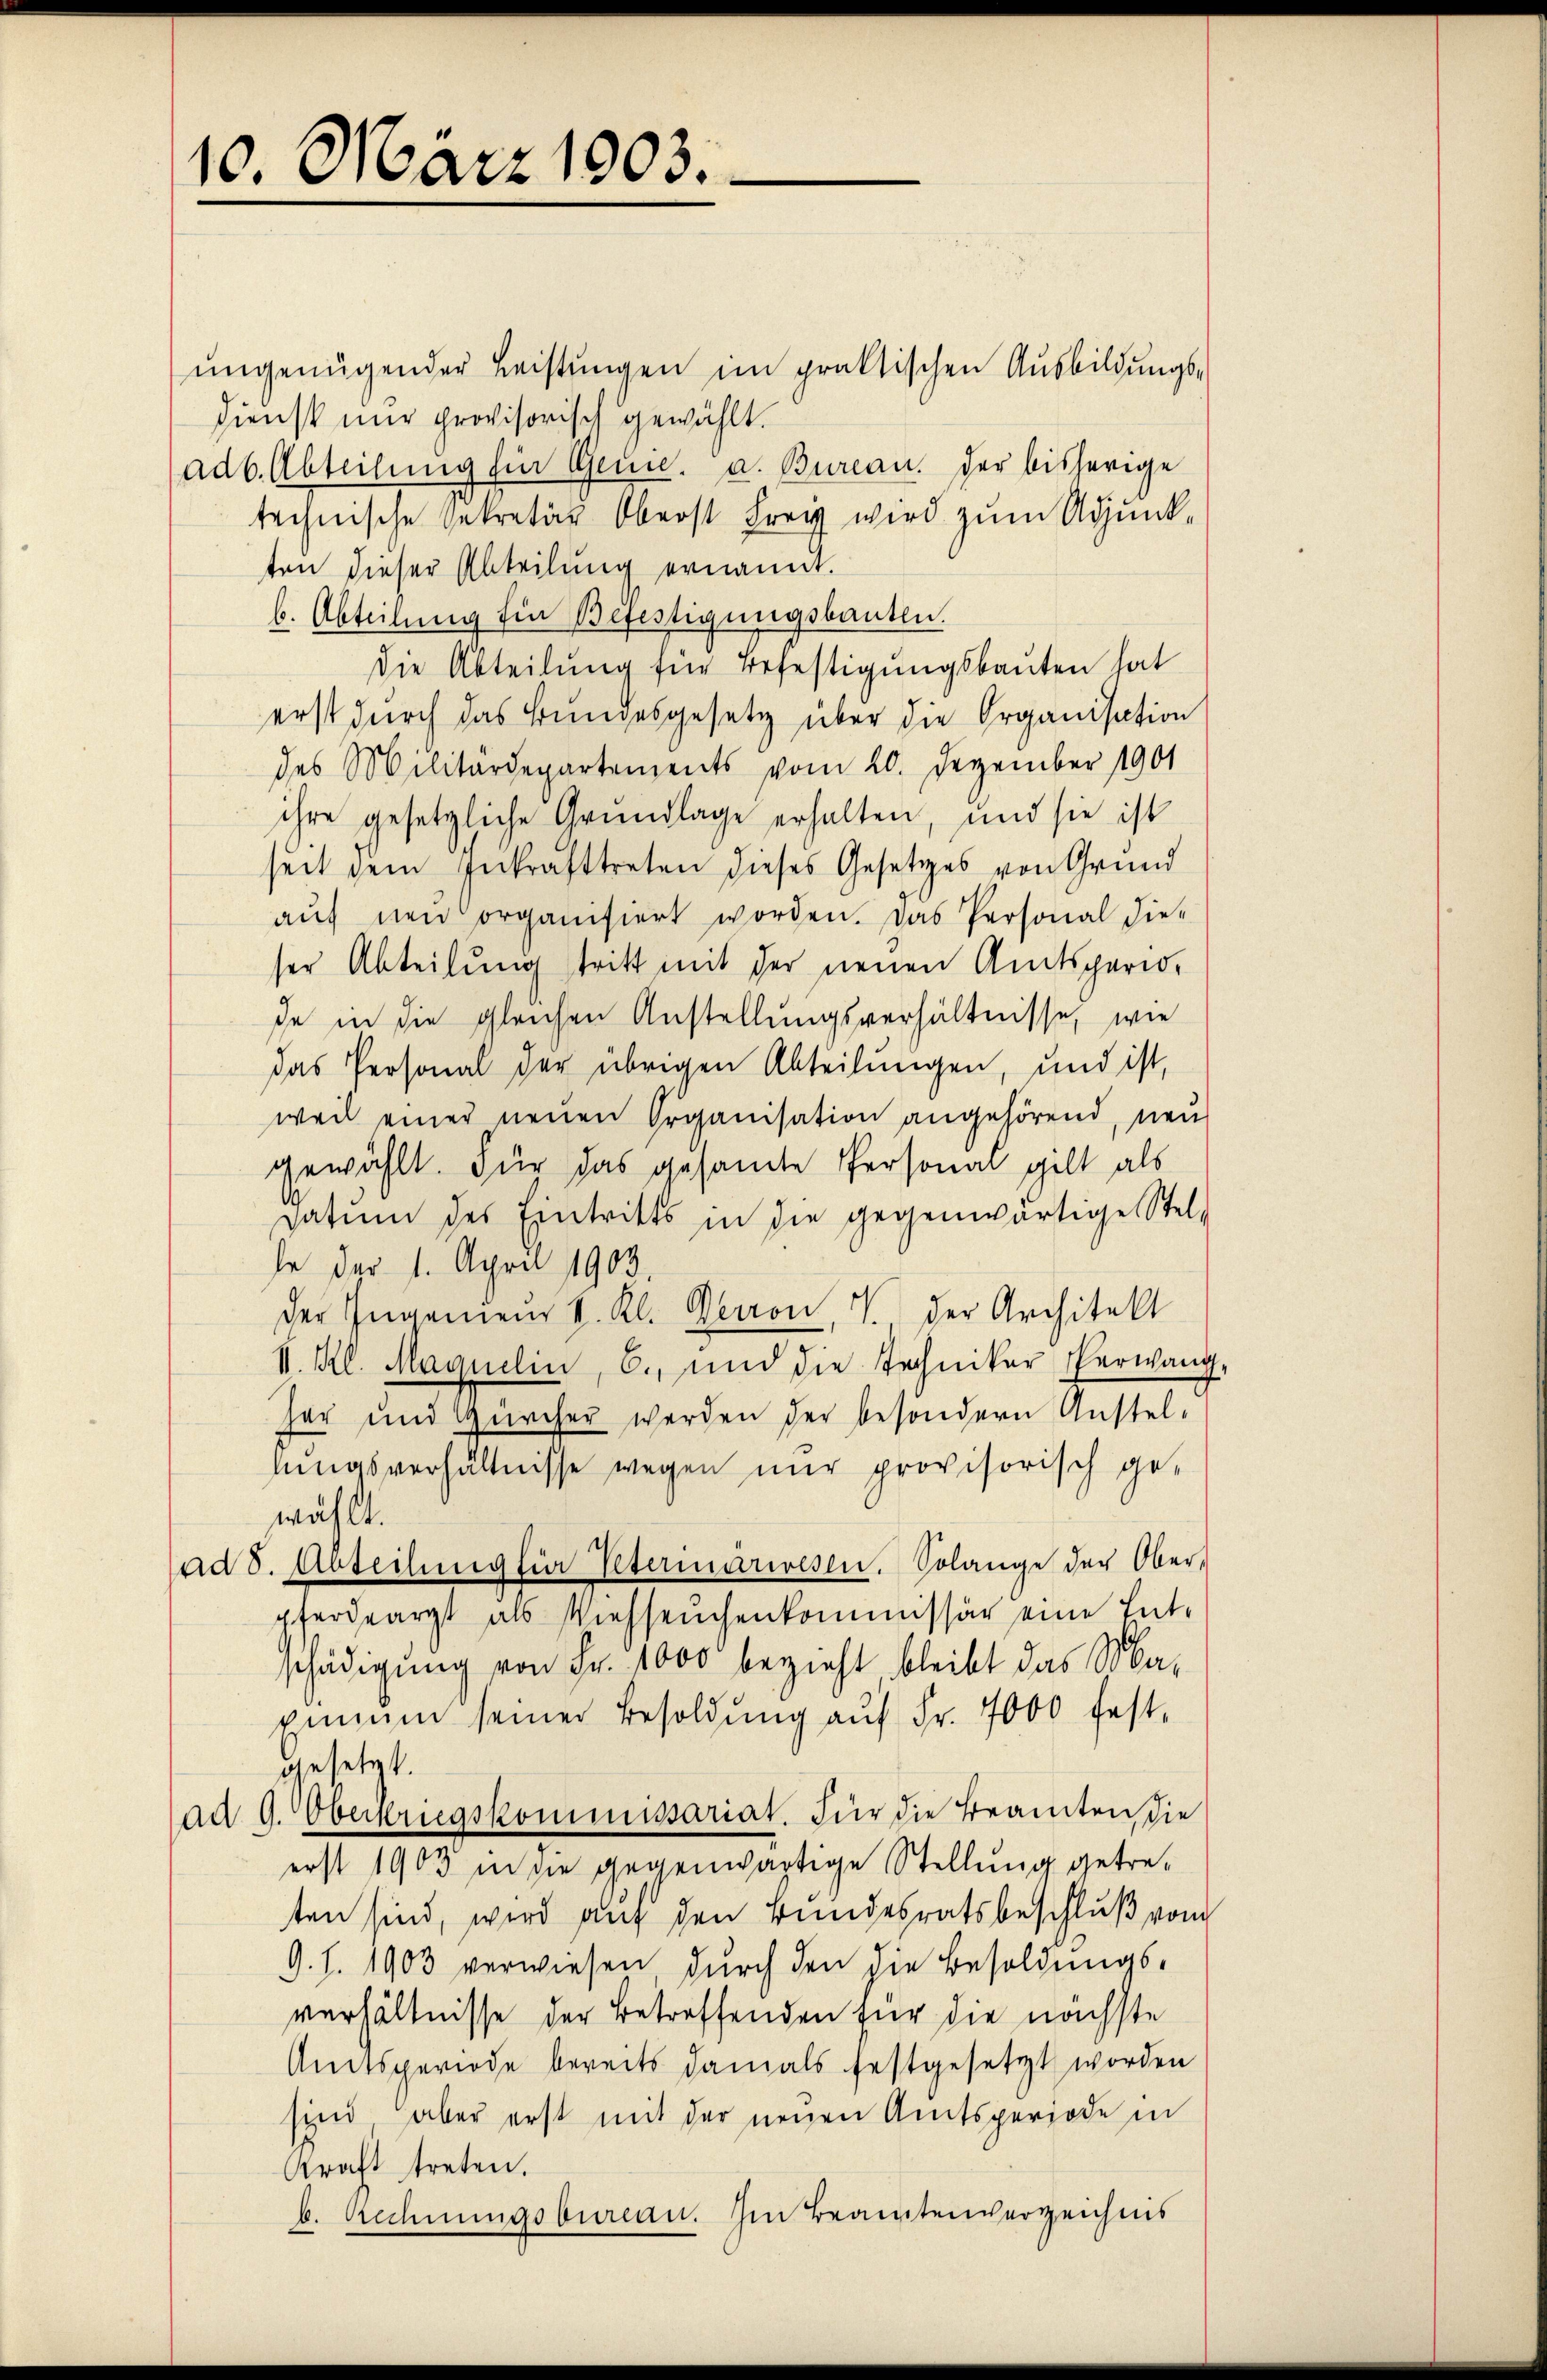
10. März 1903.

ŭngenügender Leistungen im praktischen Ausbildungs-
Dienst nur provisorisch gewählt.
adb. Abteilung für Genie. a. Bureau. der bisherige
technische Sekretär Oberst Frey wird zum Adjunkten dieser Abteilung ernannt.
b. Abteilung für Befestigungsbauten.
Die Abteilung für Befestigungsbauten hat
erst durch das Bundesgesetz über die Organisation
des Militärdepartements vom 20. Dezember 1901
ihre gesetzliche Grundlage erhalten, und sie ist
seit dem Inkrafttreten dieses Gesetzes von Grund
aŭf den organisiert worden. Das Personal die-
ser Abteilung tritt mit der neuen Amtsperiode in die gleichen Anstellungsverhältnisse, wie
das Personal der übrigen Abteilungen, und ist,
weil einer neuen Organisation angehörend, neu
gewählt. Für das gesamte Personal gilt als
datŭm des Eintritts in die gegenwärtige Stel-
le der 1. April 1903.
der Ingenieur v. Kl. Verron, V. der Architekt
V. Kl. Magnelin, b. und die Techniker Verwang
her und Zürcher werden der besondern Anstel-
nungsverhältnisse wegen nur provisorisch ge-
wählt.
ad 8. Abteilung für Petermarwesen. Solange der Ober-
pferdearzt als Viehseuchenkommissär eine Entschädigung von Fr. 1000 bezieht bleibt das Ma-
ximum seiner Besoldŭng aŭf Fr. 4000 fest-
gesetzt.
ad 9. Oberkriegskommissariat. Für die Beamten die
erst 1903 in die gegenwärtige Stellung getreten sind, wird auf den Bundesratsbeschluß vom
9. 1. 1903 verwiesen durch den die Besoldungs-
verhältnisse der Betreffenden für die nächste
Amtsperiode bereits damals festgesetzt worden
sind aber erst mit der neuen Amtsperiode in
Kraft treten.
b. Rechnungsbureau. Im Beamtenverzeichnis